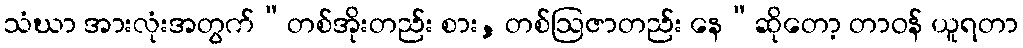
သံဃာ အားလုံးအတွက်“တစ်အိုးတည်း စား, တစ်ဩဇာတည်း နေ”ဆိုတော့ တာဝန် ယူရတာ